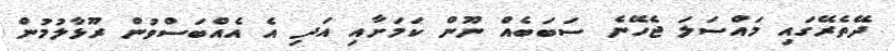
ދޭތެރޭގައި މައްސަލަ ޖެހޭނެ ސަބަބެއް ނޫން ކަމަށާއި އަދި އެ އެއްބަސްވުން ރޫޅާލުމުން